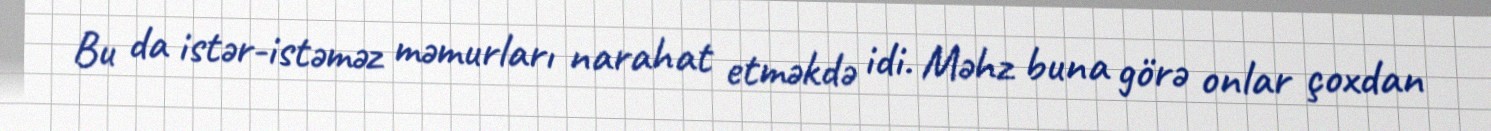
Bu da istər-istəməz məmurları narahat etməkdə idi. Məhz buna görə onlar çoxdan